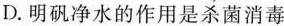
D.明矾净水的作用是杀菌消毒